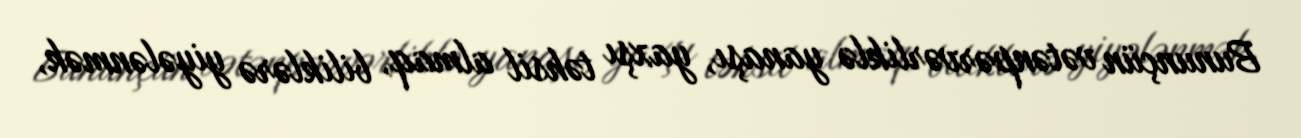
Bununçün vətənpərvərliklə yanaşı, yaxşı təhsil almaq, biliklərə yiyələnmək,